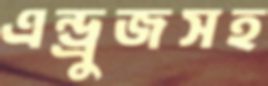
এন্ড্রুজসহ